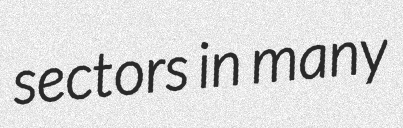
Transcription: sectors in many